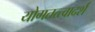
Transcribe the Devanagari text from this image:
योगतत्त्वादर्श